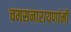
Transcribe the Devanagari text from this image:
चमसनारायणांनी